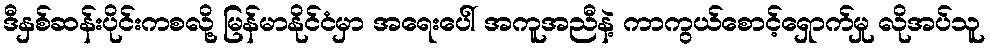
ဒီနှစ်ဆန်းပိုင်းကစလို့ မြန်မာနိုင်ငံမှာ အရေးပေါ် အကူအညီနဲ့ ကာကွယ်စောင့်ရှောက်မှု လိုအပ်သူ